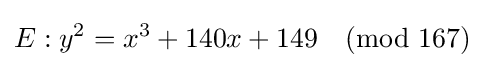
E:y^{2}=x^{3}+140x+149{\pmod {167}}